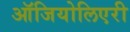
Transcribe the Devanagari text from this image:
ऑजियोलिएरी